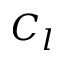
C _ { l }